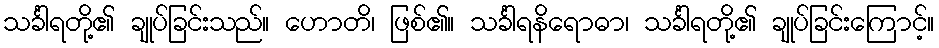
သင်္ခါရတို့၏ ချုပ်ခြင်းသည်။ ဟောတိ၊ ဖြစ်၏။ သင်္ခါရနိရောဓာ၊ သင်္ခါရတို့၏ ချုပ်ခြင်းကြောင့်။